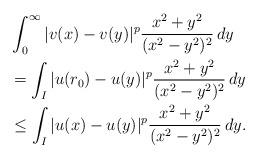
LaTeX: \begin{align*}&\int_0^\infty |v(x)-v(y)|^p\frac{x^2+y^2}{(x^2-y^2)^2}\, dy\\&=\int_I |u(r_0)-u(y)|^p\frac{x^2+y^2}{(x^2-y^2)^2}\, dy\\&\leq \int_I |u(x)-u(y)|^p\frac{x^2+y^2}{(x^2-y^2)^2}\, dy.\end{align*}